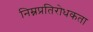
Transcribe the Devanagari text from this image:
निम्नप्रतिरोधकता